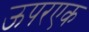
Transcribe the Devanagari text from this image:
ऊपरएक